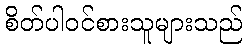
စိတ်ပါဝင်စားသူများသည်